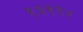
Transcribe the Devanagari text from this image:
१३१९४